Civil Veterinary Department. United Provinces 1923-31 - 1923-1931
Year: 1923
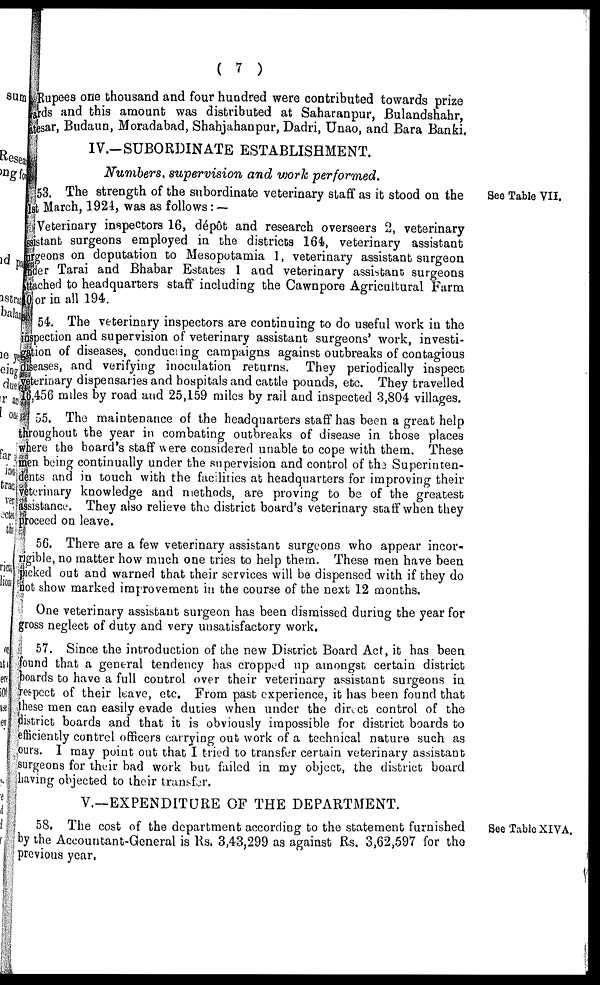
( 7 )
Rupees one thousand and four hundred were contributed towards prize
rds and this amount was distributed at Saharanpur, Bulandshahr,
asar, Budaun, Moradabad, Shahjahanpur, Dadri, Unao, and Bara Banki.
IV.-SUBORDINATE ESTABLISHMENT.
Numbers, supervision and work performed.
See Table VII.
53. The strength of the subordinate veterinary staff as it stood on the
t March, 1924, was as follows: —
Veterinary inspectors 16, depot and research overseers 2, veterinary
stant surgeons employed in the districts 164, veterinary assistant
geons on deputation to Mesopotamia 1, veterinary assistant surgeon
der Tarai and Bhabar Estates 1 and veterinary assistant surgeons
ached to headquarters staff including the Cawnpore Agricultural Farm
or in all 194.
54. The veterinary inspectors are continuing to do useful work in the
spection and supervision of veterinary assistant surgeons' work, investi-
fcion of diseases, conducing campaigns against outbreaks of contagious
seases, and verifying inoculation returns. They periodically inspect
terinary dispensaries and hospitals and cattle pounds, etc. They travelled
,456 miles by road and 25,159 miles by rail and inspected 3,804 villages.
55. The maintenance of the headquarters staff has been a great help
roughout the year in combating outbreaks of disease in those places
were the board's staff were considered unable to cope with them. These
en being continually under the supervision and control of the Superinten-
nts and in touch with the facilities at headquarters for improving their
terinary knowledge and methods, are proving to be of the greatest
sistance. They also relieve the district board's veterinary staff when they
oceed on leave.
56. There are a few veterinary assistant surgeons who appear incor-
gible, no matter how much one tries to help them. These men have been
icked out and warned that their services will be dispensed with if they do
ot show marked improvement in the course of the next 12 months.
One veterinary assistant surgeon has been dismissed during the year for
toss neglect of duty and very unsatisfactory work,
57. Since the introduction of the new District Board Act, it has been
ound that a general tendency has cropped up amongst certain district
boards to have a full control over their veterinary assistant surgeons in
espect of their leave, etc. From past experience, it has been found that
hese men can easily evade duties when under the direct control of the
district boards and that it is obviously impossible for district boards to
efficiently control officers carrying out work of a technical nature such as
ours. I may point out that I tried to transfer certain veterinary assistant
surgeons for their bad work but failed in my object, the district board
having objected to their transfer.
V.—EXPENDITURE OF THE DEPARTMENT.
See Table XIVA.
58. The cost of the department according to the statement furnished
by the Accountant-General is Rs. 3,43,299 as against Rs. 3,62,597 for the
previous year,